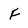
Character: F